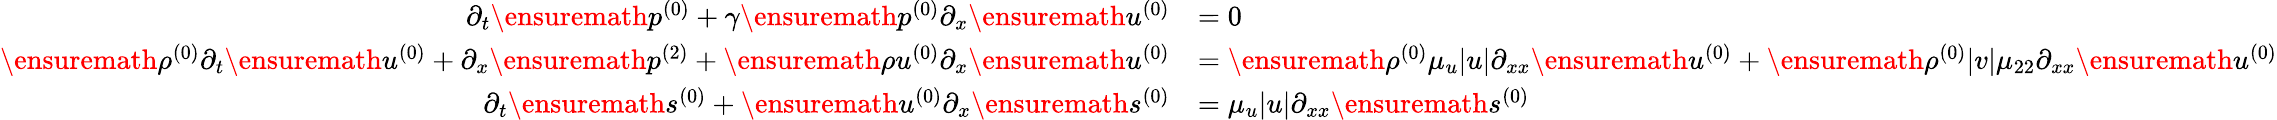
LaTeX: \begin{array}{rl}{\partial_{t}\ensuremath{p^{(0)}}+\gamma\ensuremath{p^{(0)}}\partial_{x}\ensuremath{u^{(0)}}}&{=0}\\ {\ensuremath{\rho^{(0)}}\partial_{t}\ensuremath{u^{(0)}}+\partial_{x}\ensuremath{p^{(2)}}+\ensuremath{\rho u^{(0)}}\partial_{x}\ensuremath{u^{(0)}}}&{=\ensuremath{\rho^{(0)}}\mu_{u}|u|\partial_{xx}\ensuremath{u^{(0)}}+\ensuremath{\rho^{(0)}}|v|\mu_{22}\partial_{xx}\ensuremath{u^{(0)}}}\\ {\partial_{t}\ensuremath{s^{(0)}}+\ensuremath{u^{(0)}}\partial_{x}\ensuremath{s^{(0)}}}&{=\mu_{u}|u|\partial_{xx}\ensuremath{s^{(0)}}}\end{array}